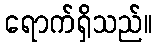
ရောက်ရှိသည်။